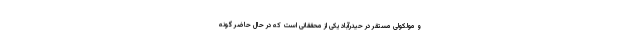
و مولکولی مستقر در حیدرآباد یکی از محققانی است که در حال حاضر گونه